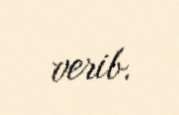
verib.